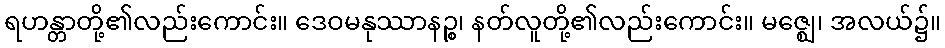
ရဟန္တာတို့၏လည်းကောင်း။ ဒေဝမနုဿာနဉ္စ၊ နတ်လူတို့၏လည်းကောင်း။ မဇ္ဈေ၊ အလယ်၌။